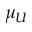
\mu _ { U }